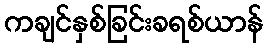
ကချင်နှစ်ခြင်းခရစ်ယာန်